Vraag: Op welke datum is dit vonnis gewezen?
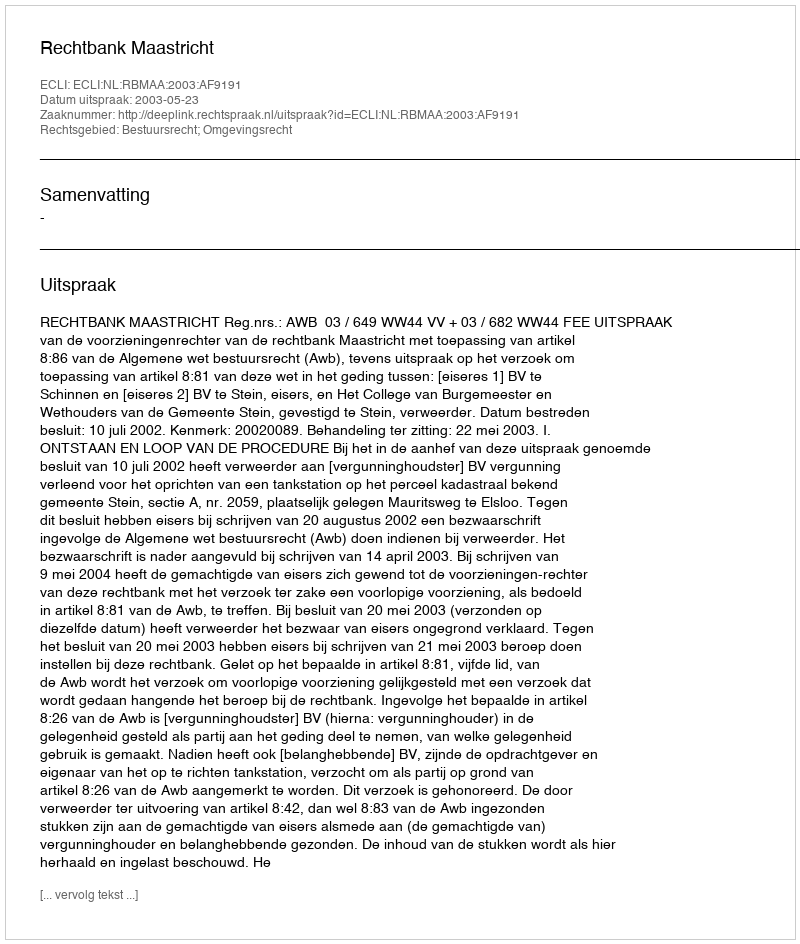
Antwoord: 2003-05-23